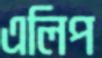
এলিপ